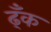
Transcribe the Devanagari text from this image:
ढ्ँक